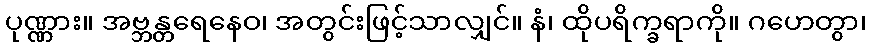
ပုဏ္ဏား။ အဗ္ဘန္တရေနေဝ၊ အတွင်းဖြင့်သာလျှင်။ နံ၊ ထိုပရိက္ခရာကို။ ဂဟေတွာ၊